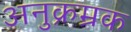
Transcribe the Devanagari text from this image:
अनुक्रम्रक